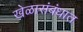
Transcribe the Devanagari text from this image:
खेळासंबंधात